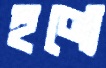
হণ্যে